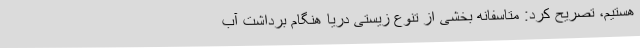
هستیم، تصریح کرد: متاسفانه بخشی از تنوع زیستی دریا هنگام برداشت آب